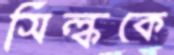
সিল্ককে